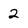
Character: 2